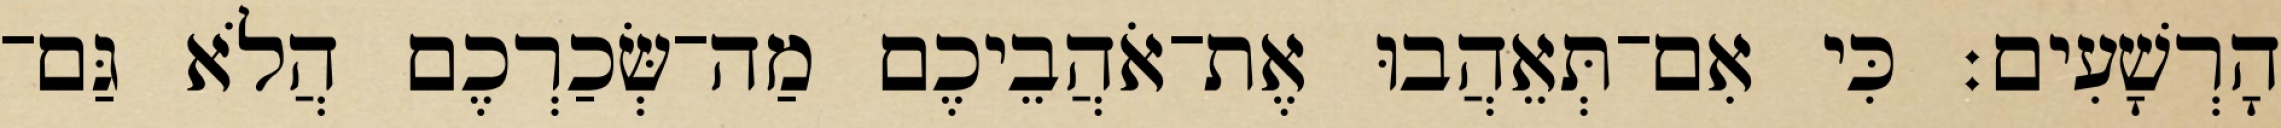
הָרְשָׁעִים׃ כִּי אִם־תְּאֵהֲבוּ אֶת־אֹהֲבֵיכֶם מַה־שְּׂכַרְכֶם הֲלֹא גַּם־